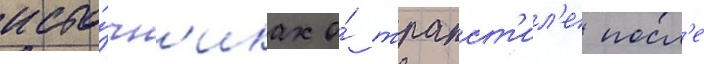
исто́чн'иках о́ трапст'ил'е посл'е